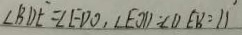
\angle B D E = \angle E D O , \angle E O D = \angle D E B = 1 1